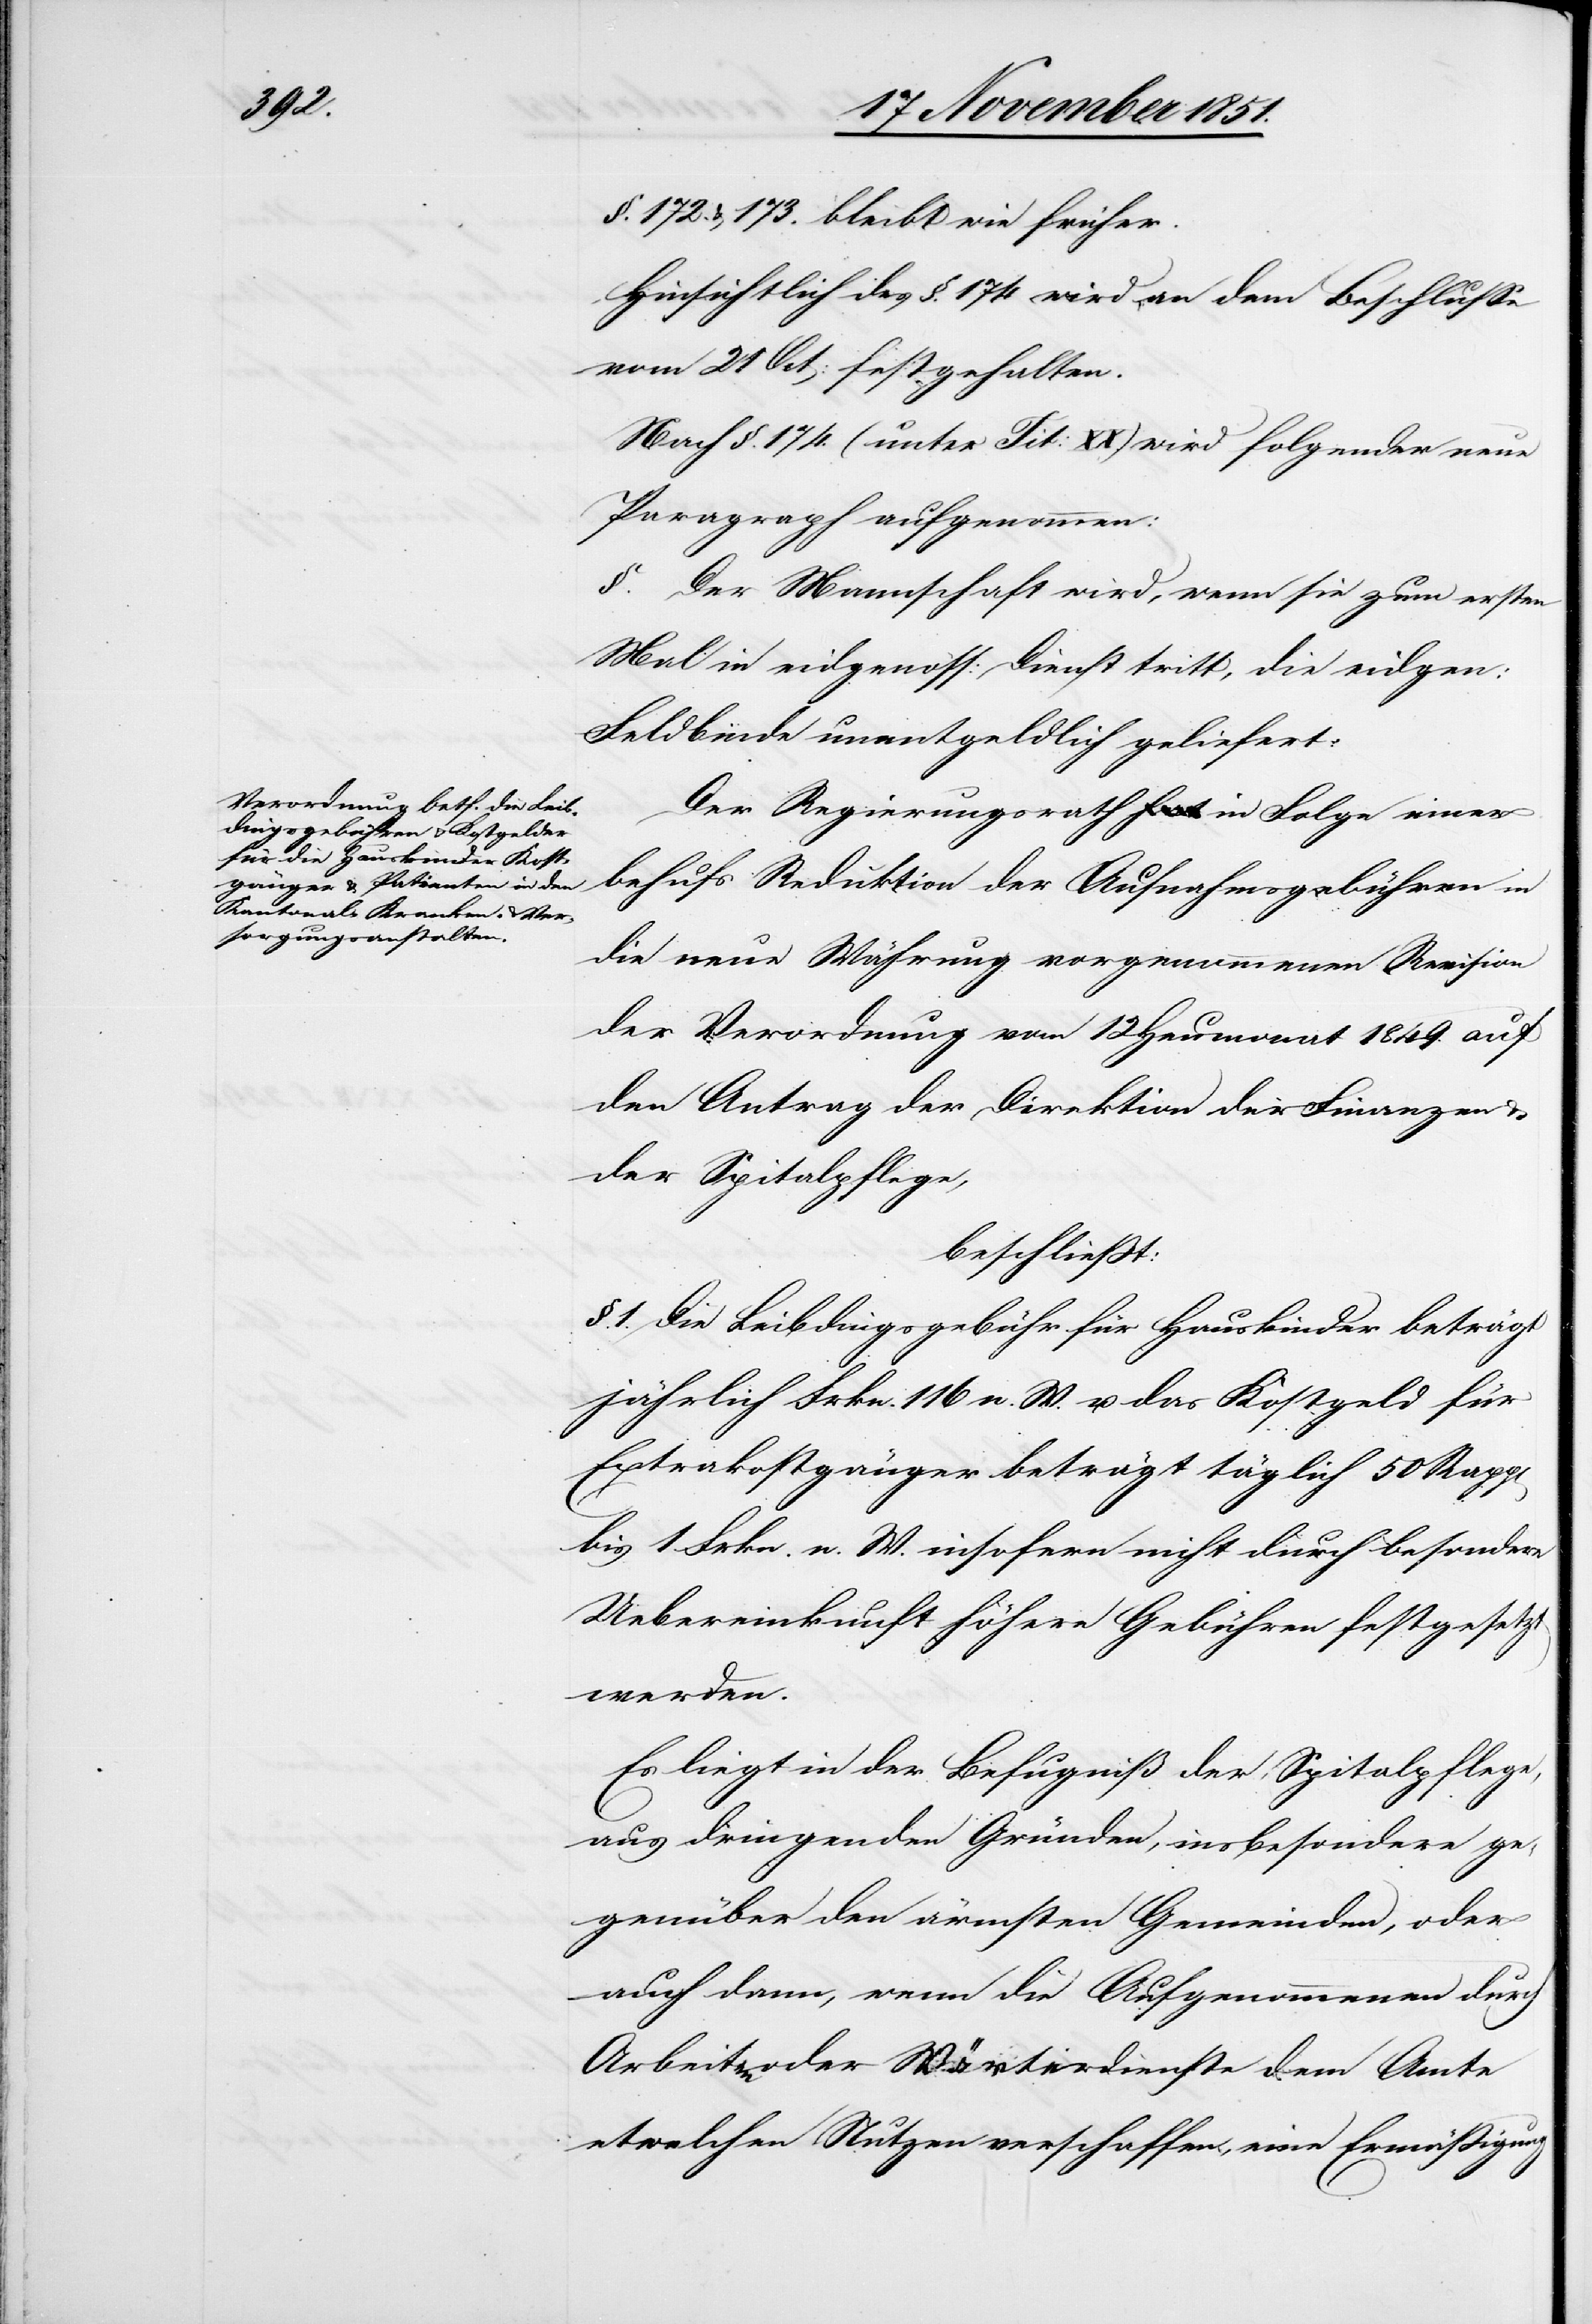
§. 172. & 173. bleibt wie früher.
Hinsichtlich des §. 174 wird an dem Beschlusse
vom 21 Oct: festgehalten.
Nach §. 174. (unter Tit: XX) wird folgender neue
Paragraph aufgenommen:
§. Der Mannschaft wird, wenn sie zum ersten
Mal in eidgenöss: Dienst tritt, die eidgen:
Feldbinde unentgeldlich geliefert.
Der Regierungsrath in Folge einer
behufs Reduktion der Aufnahmsgebühren in
die neue Währung vorgenommenen Revision
der Verordnung vom 12 Heumonat 1849. auf
den Antrag der Direktion der Finanzen &
der Spitalpflege,
beschließt:
§. 1. Die Leibdingsgebühr für Hauskinder beträgt
jährlich Frkn. 116 n. W. u. das Kostgeld für
Extrakostgänger beträgt täglich 50 Rapp[en]
bis 1. Frkn. n. W. insofern nicht durch besondere
Uebereinkunft höhere Gebühren festgesetzt
werden.
Es liegt in der Befugniß der Spitalpflege,
aus dringenden Gründen, insbesondere ge¬
genüber den ärmsten Gemeinden, oder
auch dann, wenn die Aufgenommenen durch
Arbeiten oder Wärterdienste dem Amte
etwelchen Nutzen verschaffen, eine Ermäßigung